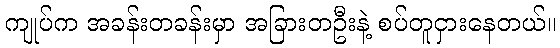
ကျုပ်က အခန်းတခန်းမှာ အခြားတဦးနဲ့ စပ်တူငှားနေတယ်။